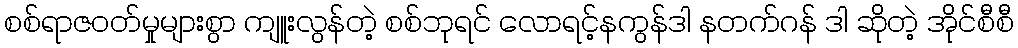
စစ်ရာဇဝတ်မှုများစွာ ကျူးလွန်တဲ့ စစ်ဘုရင် လောရင့်နကွန်ဒါ နတက်ဂန် ဒါ ဆိုတဲ့ အိုင်စီစီ